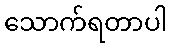
သောက်ရတာပါ